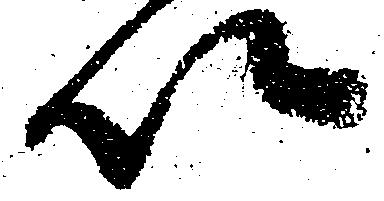
以